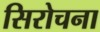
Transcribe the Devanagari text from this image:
सिरोचना